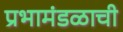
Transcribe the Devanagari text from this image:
प्रभामंडळाची